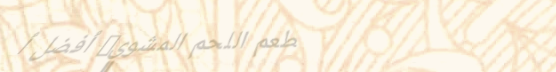
مطعم اللحم المشوي: أفضل أ